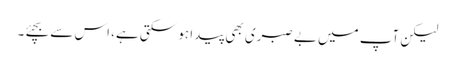
لیکن آپ میں بے صبری بھی پیدا ہو سکتی ہے، اس سے بچئے۔